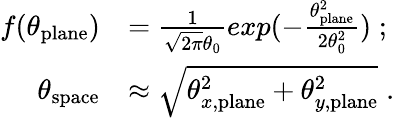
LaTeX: \begin{array}{rl}{f(\theta_{\mathrm{plane}})}&{=\frac{1}{\sqrt{2\pi}\theta_{0}}exp(-\frac{\theta_{\mathrm{plane}}^{2}}{2\theta_{0}^{2}})\; ;}\\ {\theta_{\mathrm{space}}}&{\approx\sqrt{\theta_{x,\mathrm{plane}}^{2}+\theta_{y,\mathrm{plane}}^{2}}\; .}\end{array}